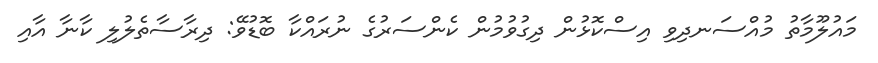
މައުލޫމާތު މުއްސަނދިވި އިސްކޮޅުން ދިގުވުމުން ކެންސަރުގެ ނުރައްކާ ބޮޑުވޭ: ދިރާސާތެލުލި ކާނާ އާއި